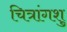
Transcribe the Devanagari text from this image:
चित्रांगशु